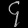
Digit: ၄